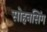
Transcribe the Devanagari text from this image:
सोहनसिंग